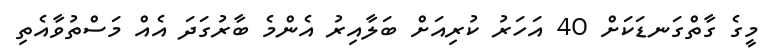
މީގެ ގާތްގަނޑަކަށް 40 އަހަރު ކުރިއަށް ބަލާއިރު އެންމެ ބާރުގަދަ އެއް މަސްތުވާއެތި